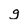
Character: g